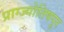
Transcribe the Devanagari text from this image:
प्राग्ज्योतिषपूर